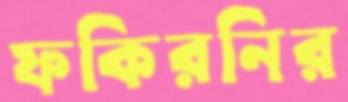
ফকিরনির